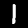
Digit: 1